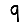
Digit: 9